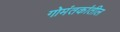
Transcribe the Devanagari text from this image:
गोमंतकांतील